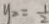
y _ { x } = \frac { 1 } { 2 }